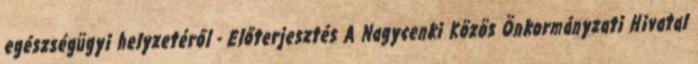
egészségügyi helyzetéről - Előterjesztés A Nagycenki Közös Önkormányzati Hivatal